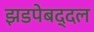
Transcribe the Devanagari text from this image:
झडपेबद्दल